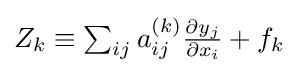
{\textstyle {Z_{k}}\equiv \sum _{ij}^{}{a_{ij}^{(k)}{\frac {\partial {y_{j}}}{\partial {x_{i}}}}}+{f_{k}}}